Document type: Sale
Year: 1274
Scribe: [Unknown]
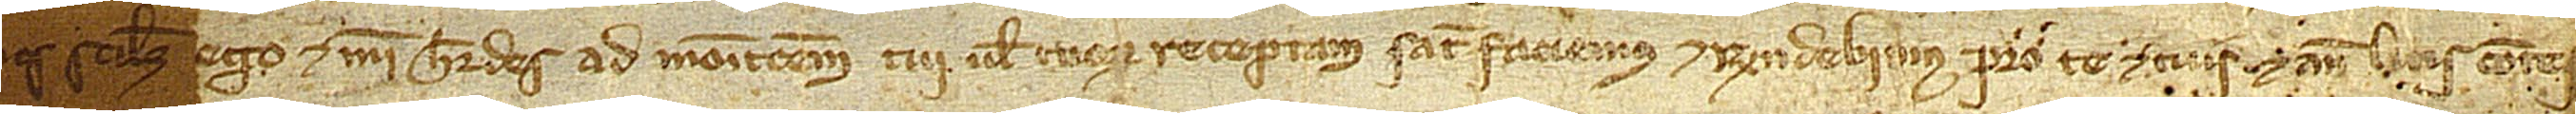
nos, scilicet ego et mei heredes, ad monitionem tui vel tuorum receptam, satisfaciemus et rendebimus pro te et tuis et ante litis contes-